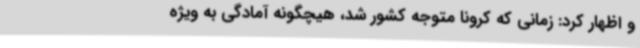
و اظهار کرد: زمانی که کرونا متوجه کشور شد، هیچگونه آمادگی به ویژه